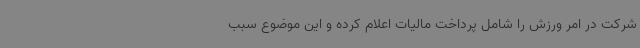
شرکت در امر ورزش را شامل پرداخت مالیات اعلام کرده و این موضوع سبب